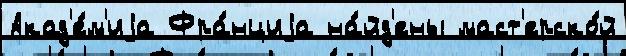
Акад'е́м'иjа Фра́нциjа на́йд'ены маст'ерско́й